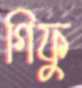
গিফু